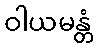
ဝါယမန္တံ